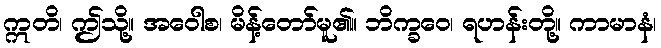
ဣတိ၊ ဤသို့။ အဝေါစ၊ မိန့်တော်မူ၏။ ဘိက္ခဝေ၊ ရဟန်းတို့။ ကာမာနံ၊